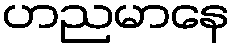
ဟညမာနေ